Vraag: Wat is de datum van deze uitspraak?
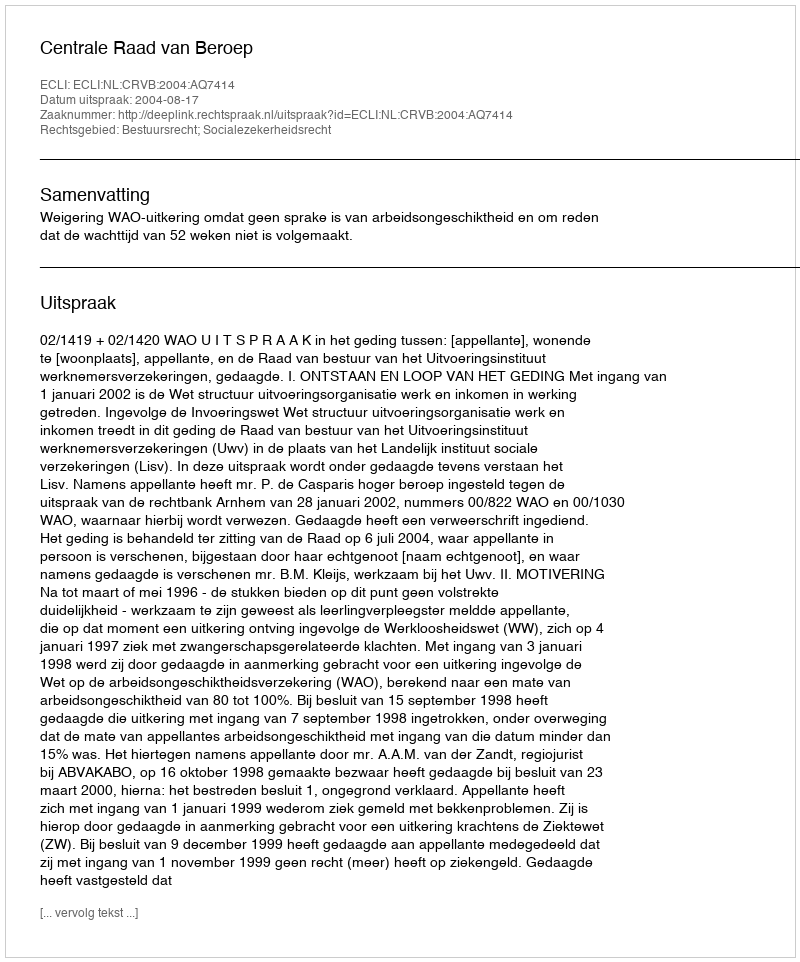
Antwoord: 2004-08-17